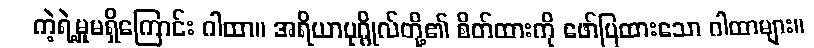
ကဲ့ရဲ့မှုမရှိကြောင်း ဂါထာ။ အရိယာပုဂ္ဂိုလ်တို့၏ စိတ်ထားကို ဖော်ပြထားသော ဂါထာများ။